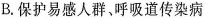
B.保护易感人群、呼吸道传染病